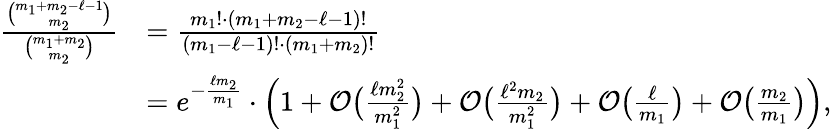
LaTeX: \begin{array}{rl}{\frac{\binom{m_{1}+m_{2}-\ell-1}{m_{2}}}{\binom{m_{1}+m_{2}}{m_{2}}}}&{=\frac{m_{1}!\cdot(m_{1}+m_{2}-\ell-1)!}{(m_{1}-\ell-1)!\cdot(m_{1}+m_{2})!}}\\ &{=e^{-\frac{\ell m_{2}}{m_{1}}}\cdot\Big(1+\mathcal{O}\big(\textstyle{\frac{\ell m_{2}^{2}}{m_{1}^{2}}}\big)+\mathcal{O}\big(\textstyle{\frac{\ell^{2}m_{2}}{m_{1}^{2}}}\big)+\mathcal{O}\big(\textstyle{\frac{\ell}{m_{1}}}\big)+\mathcal{O}\big(\textstyle{\frac{m_{2}}{m_{1}}}\big)\Big),}\end{array}